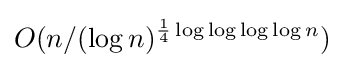
O(n/(\log n)^{{\frac {1}{4}}\log \log \log \log n})